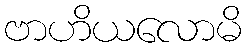
ဗာဟိယလောမိ